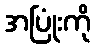
အပြုံးကို